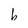
Character: b